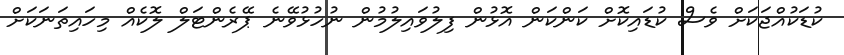
ކުޑަކުއްޖަކަށް ވެސް ކުޑައިކޮށް ކަންކަން އޮޅުން ފިލުވައިލުމުން ނުހުޅުވޭނެ ޕޭރެންޓަލް ލޮކެއް މިހައިތަނަކަށް